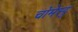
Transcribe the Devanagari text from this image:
चोमेस्ट्रु